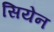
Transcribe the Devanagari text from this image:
सियेन